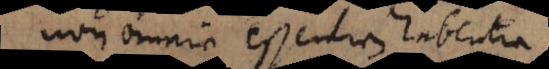
non omnia essentiam habentia